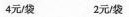
4元/袋 2元/袋